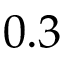
0 . 3